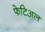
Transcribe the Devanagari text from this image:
फेटिअल